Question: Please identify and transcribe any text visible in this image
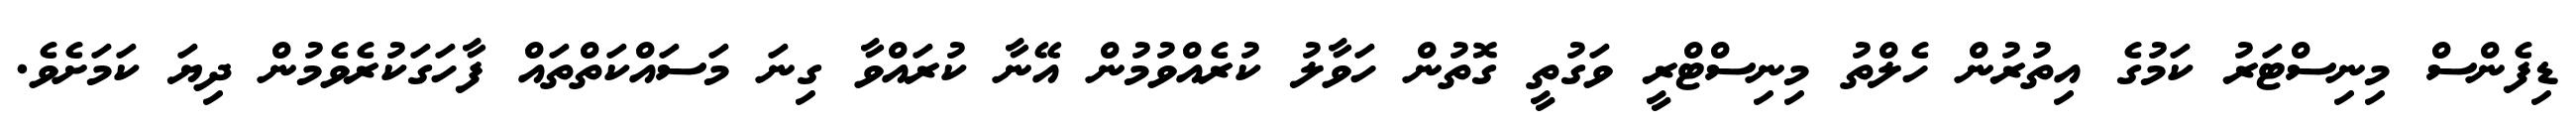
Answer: ޑިފެންސް މިނިސްޓަރު ކަމުގެ އިތުރުން ހެލްތު މިނިސްޓްރީ ވަގުތީ ގޮތުން ހަވާލު ކުރެއްވުމުން އޭނާ ކުރައްވާ ގިނަ މަސައްކަތްތައް ފާހަގަކުރެވެމުން ދިޔަ ކަމަށެވެ.